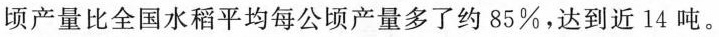
顷产量比全国水稻平均每公顷产量多了约85%，达到近14吨。